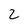
Character: 2